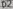
Text: D2